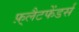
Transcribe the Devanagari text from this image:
फ़्लैटफेंडर्स